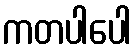
ကတပါပေါ